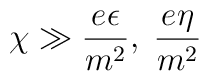
\chi \gg \frac{e\epsilon}{m^2},\; \frac{e\eta}{m^2}